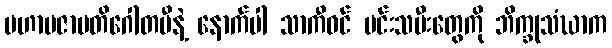
မဟာပဇာပတိဂေါတမီနဲ့ နောက်ပါ သာကီဝင် မင်းသမီးတွေကို ဘိက္ခုသံဃာက